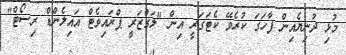
މުޅި ދުނިޔެއިން ފާހަގަ ކުރެވޭ ކެޓަގަރީ އިން "ލަގްޒަރީ ޕްރައިވެޓް އައިލެންޑް ރިސޯޓް"